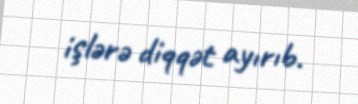
işlərə diqqət ayırıb.